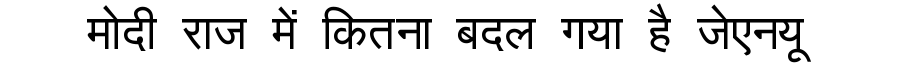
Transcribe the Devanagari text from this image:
मोदी राज में कितना बदल गया है जेएनयू